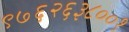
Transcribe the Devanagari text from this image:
९७६२६३८००१